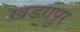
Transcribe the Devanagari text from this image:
ख़डगपुर